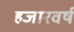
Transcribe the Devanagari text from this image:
हजारवर्ष